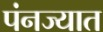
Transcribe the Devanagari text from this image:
पंनज्यात